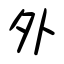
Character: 外